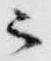
ニ